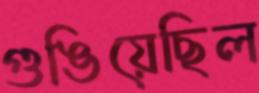
গুঙিয়েছিল